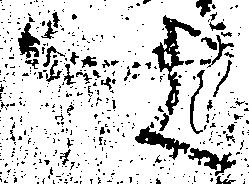
す